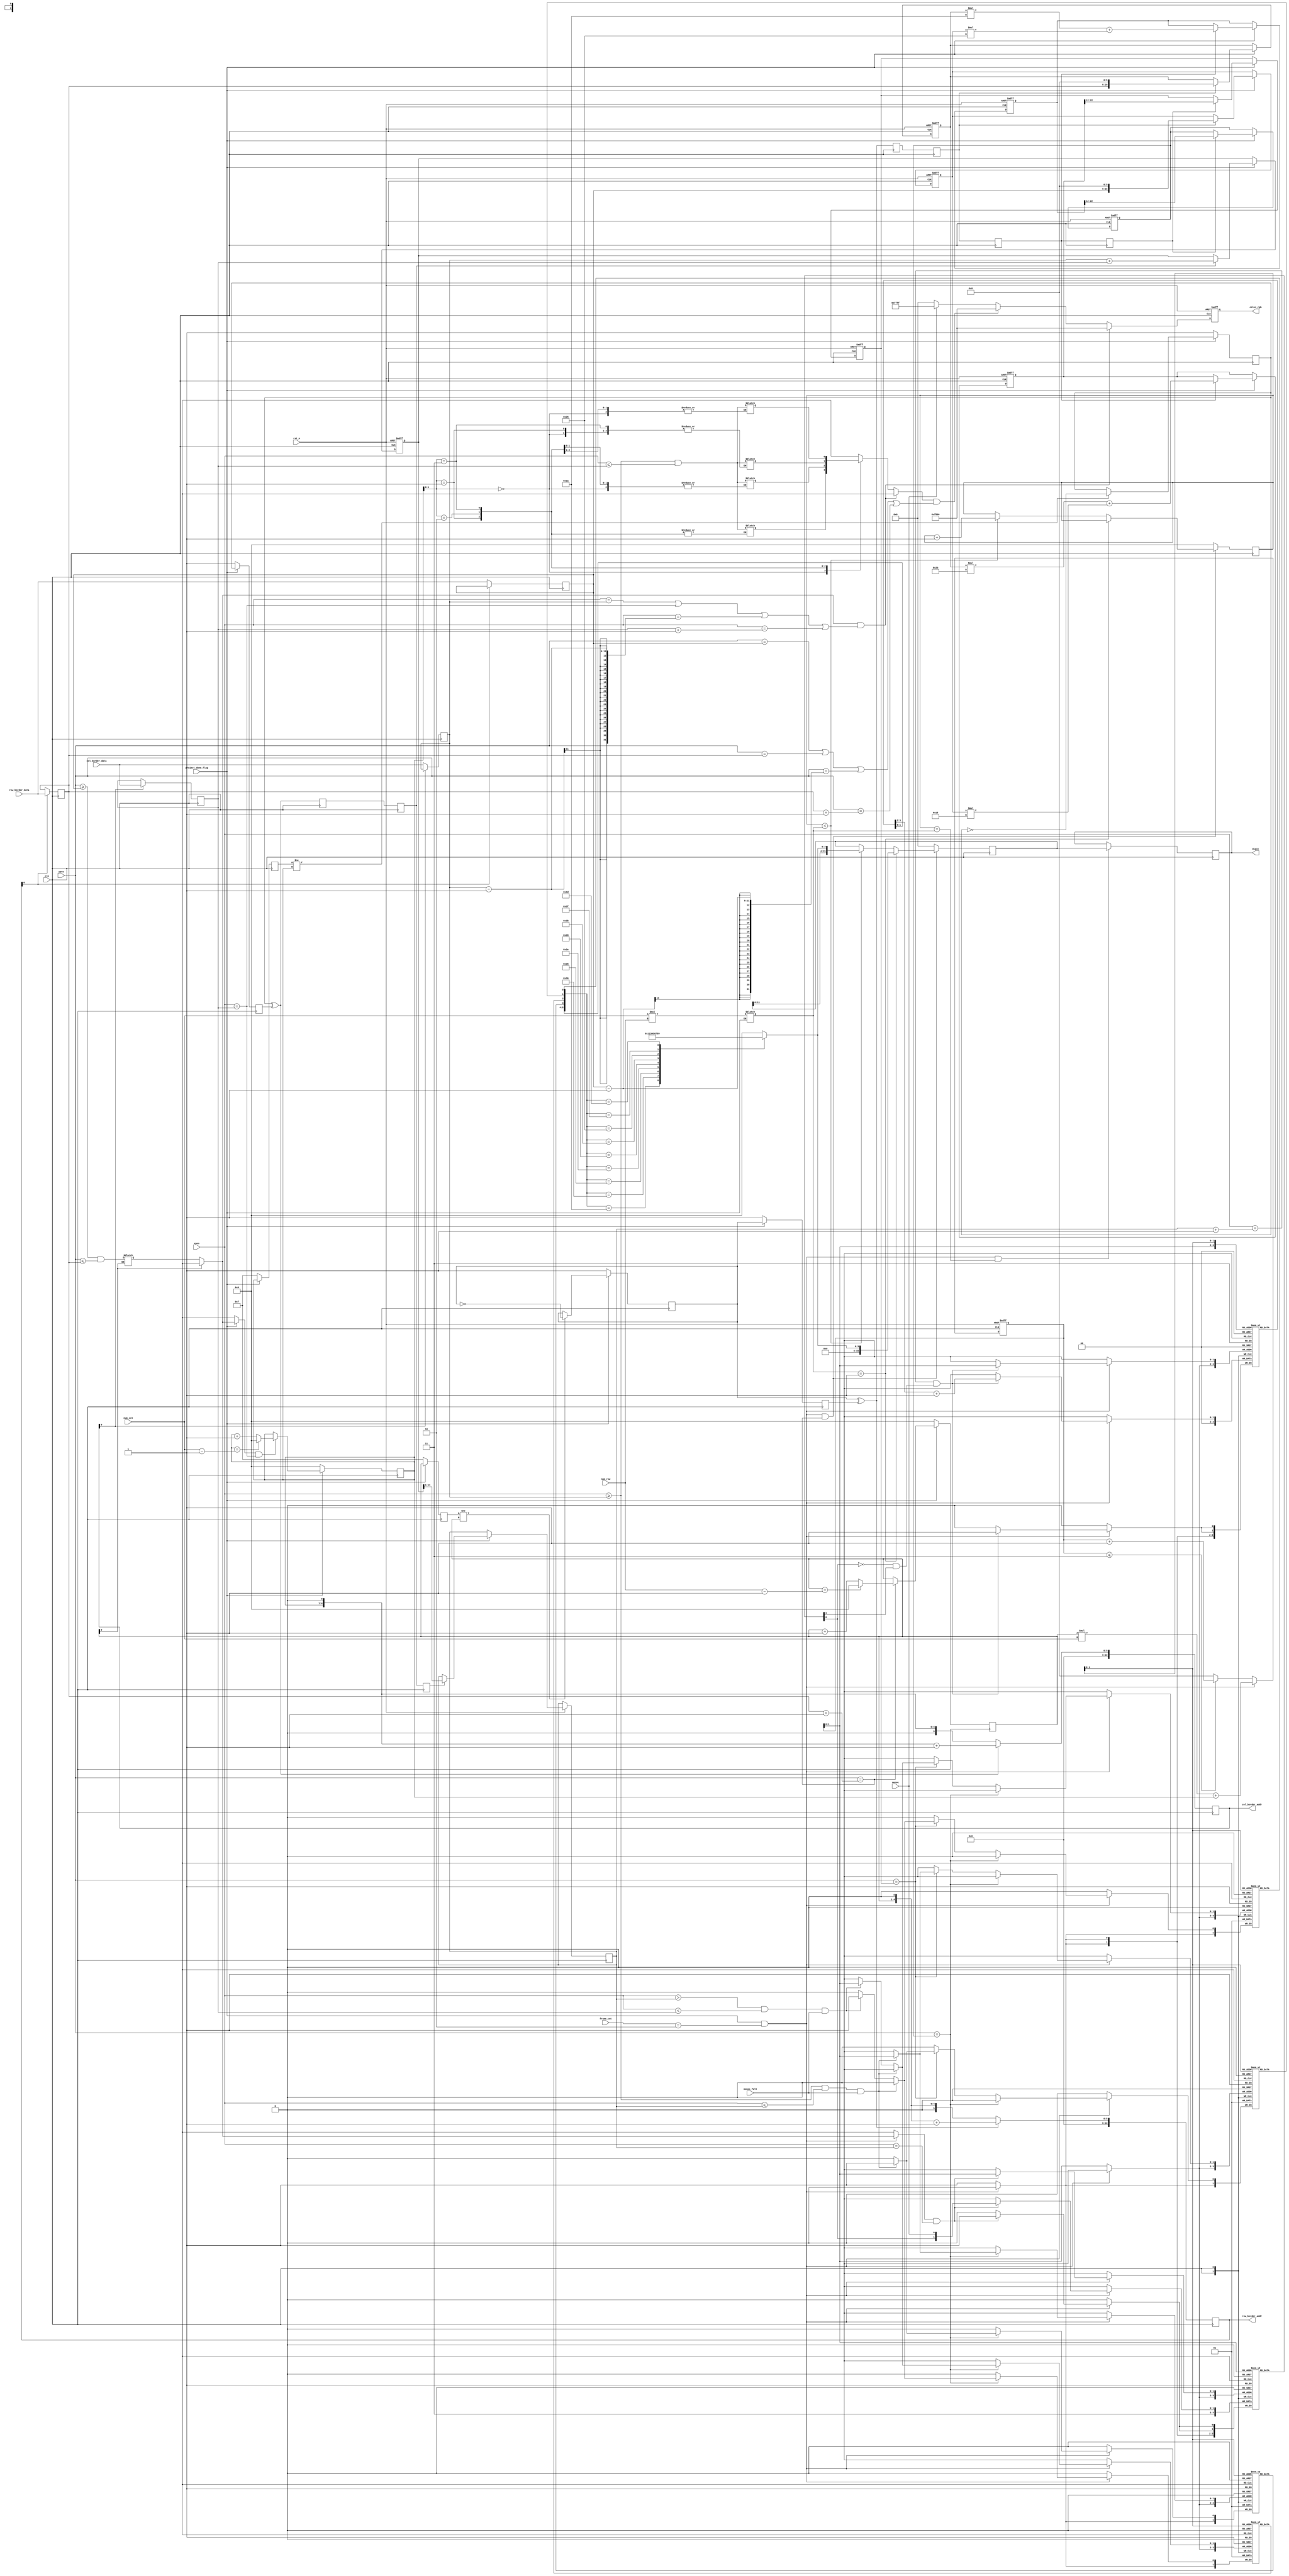
module digital_recognition #(
    parameter NUM_ROW =  1 ,
    parameter NUM_COL =  4 ,
    parameter H_PIXEL = 480,
    parameter V_PIXEL = 272,
    parameter NUM_WIDTH = (NUM_ROW*NUM_COL<<2)-1
)(
  
    input                    clk              ,  
    input                    rst_n            ,  

    
    input                    monoc            ,  
    input                    monoc_fall       ,  
    input      [10:0]        xpos             ,
    input      [10:0]        ypos             ,
    output reg [15:0]        color_rgb        ,

   
    input      [10:0]        row_border_data  ,
    output reg [10:0]        row_border_addr  ,
    input      [10:0]        col_border_data  ,
    output reg [10:0]        col_border_addr  ,

   
    input      [ 1:0]        frame_cnt        ,  
    input                    project_done_flag,  
    input      [ 3:0]        num_col          ,  
    input      [ 3:0]        num_row          ,  
    output reg [NUM_WIDTH:0] digit               
);


localparam FP_1_3 = 6'b010101;                   
localparam FP_2_3 = 6'b101011;                   
localparam FP_2_5 = 6'b011010;                   
localparam FP_3_5 = 6'b100110;                   
localparam NUM_TOTAL = NUM_ROW * NUM_COL - 1'b1; 


reg  [10:0]        col_border_l                    ;
reg  [10:0]        col_border_r                    ;
reg  [10:0]        row_border_hgh                  ;
reg  [10:0]        row_border_low                  ;
reg  [16:0]        row_border_hgh_t                ;
reg  [16:0]        row_border_low_t                ;
reg                x1_l     [NUM_TOTAL:0]          ;
reg                x1_r     [NUM_TOTAL:0]          ;
reg                x2_l     [NUM_TOTAL:0]          ;
reg                x2_r     [NUM_TOTAL:0]          ;
reg  [ 1:0]        y        [NUM_TOTAL:0]          ;
reg  [ 1:0]        y_flag   [NUM_TOTAL:0]          ;
reg                row_area [NUM_ROW - 1'b1:0]     ;  
reg                col_area [NUM_TOTAL     :0]     ;  
reg  [ 3:0]        row_cnt,row_cnt_t               ;
reg  [ 3:0]        col_cnt,col_cnt_t               ;
reg  [11:0]        cent_y_t                        ;
reg  [10:0]        v25                             ;  
reg  [10:0]        v23                             ;  
reg  [22:0]        v25_t                           ;
reg  [22:0]        v23_t                           ;
reg  [ 5:0]        num_cnt                         ;
reg                row_d0,row_d1                   ;
reg                col_d0,col_d1                   ;
reg                row_chg_d0,row_chg_d1,row_chg_d2;
reg                row_chg_d3                      ;
reg                col_chg_d0,col_chg_d1,col_chg_d2;
reg  [ 7:0]        real_num_total                  ;
reg  [ 3:0]        digit_id                        ;
reg  [ 3:0]        digit_cnt                       ;
reg  [NUM_WIDTH:0] digit_t                         ;


reg  [10:0] cent_y;
wire        y_flag_fall ;
wire        col_chg     ;
wire        row_chg     ;
wire        feature_deal;

assign row_chg = row_d0 ^ row_d1;
assign col_chg = col_d0 ^ col_d1;
assign y_flag_fall  = ~y_flag[num_cnt][0] & y_flag[num_cnt][1];
assign feature_deal = project_done_flag && frame_cnt == 2'd2; 

always @(*) begin
    if(project_done_flag)
        real_num_total = num_col * num_row;
end

always @(posedge clk) begin
    if(project_done_flag) begin
        row_cnt_t <= row_cnt;
        row_d1    <= row_d0 ;
        if(row_cnt_t != row_cnt)
            row_d0 <= ~row_d0;
    end
    else begin
        row_d0 <= 1'b1;
        row_d1 <= 1'b1;
        row_cnt_t <= 4'hf;
    end
end

always @(posedge clk) begin
    if(row_chg)
        row_border_addr <= (row_cnt << 1'b1) + 1'b1;
    else
        row_border_addr <= row_cnt << 1'b1;
end

always @(posedge clk) begin
    if(row_border_addr[0])
        row_border_hgh <= row_border_data;
    else
        row_border_low <= row_border_data;
end

always @(posedge clk) begin
    row_chg_d0 <= row_chg;
    row_chg_d1 <= row_chg_d0;
    row_chg_d2 <= row_chg_d1;
    row_chg_d3 <= row_chg_d2;
end

always @(posedge clk) begin
    if(project_done_flag) begin
        col_cnt_t <= col_cnt;
        col_d1    <= col_d0;
        if(col_cnt_t != col_cnt)
            col_d0 <= ~col_d0;
    end
    else begin
        col_d0 <= 1'b1;
        col_d1 <= 1'b1;
        col_cnt_t <= 4'hf;
    end
end

always @(posedge clk) begin
    if(col_chg)
        col_border_addr <= (col_cnt << 1'b1) + 1'b1;
    else
        col_border_addr <= col_cnt << 1'b1;
end

always @(posedge clk) begin
    if(col_border_addr[0])
        col_border_r <= col_border_data;
    else
        col_border_l <= col_border_data;
end

always @(posedge clk) begin
    col_chg_d0 <= col_chg;
    col_chg_d1 <= col_chg_d0;
    col_chg_d2 <= col_chg_d1;
end

always @(posedge clk or negedge rst_n) begin
    if(!rst_n)
        cent_y_t <= 12'd0;
    else if(project_done_flag) begin
        if(col_chg_d1)
            cent_y_t <= col_border_l + col_border_r;
        if(col_chg_d2)
            cent_y = cent_y_t[11:1];
    end
end

always @(posedge clk or negedge rst_n) begin
    if(!rst_n) begin
        v25 <= 11'd0;
        v23 <= 11'd0;
        v25_t <= 23'd0;
        v23_t <= 23'd0;
        row_border_hgh_t <= 17'b0;
        row_border_low_t <= 17'b0;
    end
    else if(project_done_flag) begin
        if(row_chg_d1) begin
            row_border_hgh_t <= { row_border_hgh,6'b0};
            row_border_low_t <= { row_border_low,6'b0};
        end
        if(row_chg_d2) begin
            v25_t <= row_border_hgh_t * FP_2_5 + row_border_low_t * FP_3_5;// x1
            v23_t <= row_border_hgh_t * FP_2_3 + row_border_low_t * FP_1_3;// x2
        end
        if(row_chg_d3) begin
            v25 <= v25_t[22:12];
            v23 <= v23_t[22:12];
        end
    end
end

always @(*) begin
    row_area[row_cnt] = ypos >= row_border_low && ypos <= row_border_hgh;
end

always @(*) begin
    col_area[col_cnt] = xpos >= col_border_l   && xpos <= col_border_r;
end

always @(posedge clk) begin
    if(project_done_flag) begin
        if(row_area[row_cnt] && xpos == col_border_r)
            col_cnt <= col_cnt == num_col - 1'b1 ? 'd0 : col_cnt + 1'b1;
    end
    else
        col_cnt <= 4'd0;
end

always @(posedge clk) begin
    if(project_done_flag) begin
        if(ypos == row_border_hgh + 1'b1)
            row_cnt <= row_cnt == num_row - 1'b1 ? 'd0 : row_cnt + 1'b1;
    end
    else
        row_cnt <= 12'd0;
end

always @(posedge clk or negedge rst_n) begin
    if(!rst_n)
        num_cnt <= 'd0;
    else if(feature_deal)
        num_cnt <= row_cnt * num_col + col_cnt;
    else if(num_cnt <= NUM_TOTAL)
        num_cnt <= num_cnt + 1'b1;
    else
        num_cnt <= 'd0;
end

always @(posedge clk) begin
    if(feature_deal) begin
        if(ypos == v25) begin
            if(xpos >= col_border_l && xpos <= cent_y && monoc_fall)
                x1_l[num_cnt] <= 1'b1;
            else if(xpos > cent_y && xpos < col_border_r && monoc_fall)
                x1_r[num_cnt] <= 1'b1;
        end
        else if(ypos == v23) begin
            if(xpos >= col_border_l && xpos <= cent_y && monoc_fall)
                x2_l[num_cnt] <= 1'b1;
            else if(xpos > cent_y && xpos < col_border_r && monoc_fall)
                x2_r[num_cnt] <= 1'b1;
        end
    end
    else begin
        x1_l[num_cnt] <= 1'b0;
        x1_r[num_cnt] <= 1'b0;
        x2_l[num_cnt] <= 1'b0;
        x2_r[num_cnt] <= 1'b0;
    end
end

always @(posedge clk) begin
    if(feature_deal) begin
        if(row_area[row_cnt] && xpos == cent_y)
            y_flag[num_cnt] <= {y_flag[num_cnt][0],monoc};
    end
    else
        y_flag[num_cnt] <= 2'd3;
end

always @(posedge clk) begin
    if(feature_deal) begin
        if(xpos == cent_y + 1'b1 && y_flag_fall)
            y[num_cnt] <= y[num_cnt] + 1'd1;
    end
    else
        y[num_cnt] <= 2'd0;
end

always @(*) begin
    case({y[digit_cnt],x1_l[digit_cnt],x1_r[digit_cnt],x2_l[digit_cnt],x2_r[digit_cnt]})
        6'b10_1_1_1_1: digit_id = 4'h0; 
        6'b01_1_0_1_0: digit_id = 4'h1; 
        6'b11_0_1_1_0: digit_id = 4'h2; 
        6'b11_0_1_0_1: digit_id = 4'h3; 
        6'b10_1_1_1_0: digit_id = 4'h4; 
        6'b11_1_0_0_1: digit_id = 4'h5; 
        6'b11_1_0_1_1: digit_id = 4'h6; 
        6'b10_0_1_1_0: digit_id = 4'h7; 
        6'b11_1_1_1_1: digit_id = 4'h8; 
        6'b11_1_1_0_1: digit_id = 4'h9; 
        default: digit_id <= 4'h0;
    endcase
end

always @(posedge clk) begin
    if(feature_deal && ypos == row_border_hgh + 1'b1) begin
        if(real_num_total == 1'b1)
            digit_t <= digit_id;
        else if(digit_cnt < real_num_total) begin
            digit_cnt <= digit_cnt + 1'b1;
            digit_t   <= {digit_t[NUM_WIDTH-4:0],digit_id};
        end
    end
    else begin
        digit_cnt <= 'd0;
        digit_t   <= 'd0;
    end
end

always @(posedge clk) begin
    if(feature_deal && digit_cnt == real_num_total)
        digit <= digit_t;
end

always @(posedge clk or negedge rst_n) begin
    if(!rst_n)
        color_rgb <= 16'h0000;
    else if(row_area[row_cnt] && ( xpos == col_border_l || xpos == col_border_r ||
            xpos == (col_border_l -1) || xpos == (col_border_r+1)))
        color_rgb <= 16'hf800; 
    else if(col_area[col_cnt] && (ypos == row_border_low || ypos== row_border_hgh ||
            ypos==( row_border_low - 1) || ypos== (row_border_hgh + 1)))
        color_rgb <= 16'hf800; 
    else if(monoc)
        color_rgb <= 16'hffff; 
    else
        color_rgb <= 16'h0000; 
end

endmodule